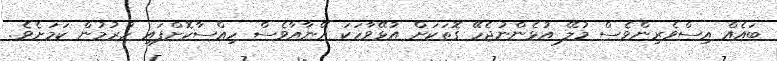
ބައެއް އިސްވެރިންވެސް މުލޭ އުޅެންނުޖެހޭ ގޮތަކަށް އުޅޭވާހަކަ އޭނާއާވެސް ހިއްސާކޮށްފައި ހުރުމުން ކަމަށެވެ.